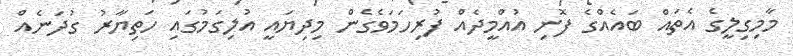
މާމިގިލީގެ އެތައް ބައެއްގެ ފޮނި އުއްމީދެއް ފުރިހަމަވެގެން މިދިޔައީ އުލިގަމުގައި ހަތިޔާރު ގުދަނެއް